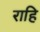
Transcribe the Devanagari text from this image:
राहि